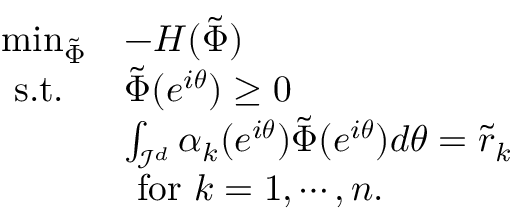
\begin{array} { l l } { \operatorname* { m i n } _ { \tilde { \Phi } } } & { - H ( \tilde { \Phi } ) } \\ { \mathrm { ~ s . t . ~ } } & { \tilde { \Phi } ( e ^ { i \boldsymbol { \theta } } ) \geq 0 } \\ & { \int _ { \mathcal { I } ^ { d } } \alpha _ { k } ( e ^ { i \boldsymbol { \theta } } ) \tilde { \Phi } ( e ^ { i \boldsymbol { \theta } } ) d \boldsymbol { \theta } = \tilde { r } _ { k } } \\ & { \mathrm { ~ f o r ~ } k = 1 , \cdots , n . } \end{array}